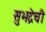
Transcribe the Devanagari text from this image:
सुभद्रेची